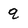
Character: q